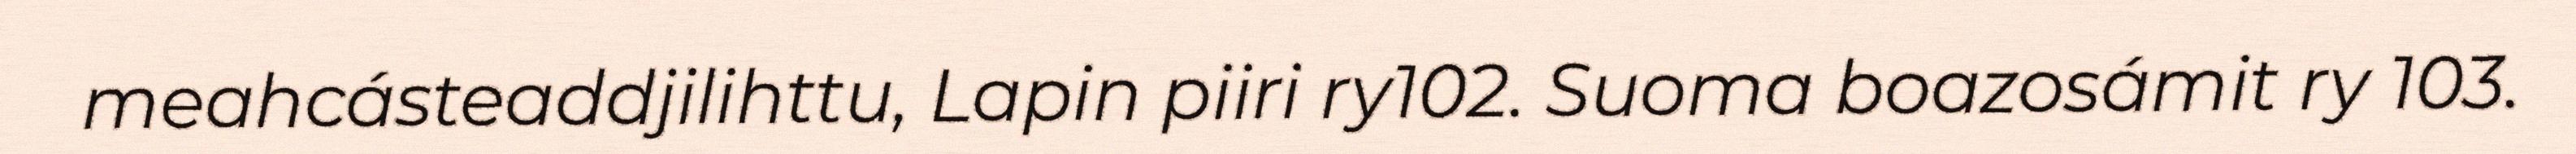
meahcásteaddjilihttu, Lapin piiri ry102. Suoma boazosámit ry 103.